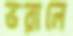
ভরালে